Document type: Sale
Year: 1354
Scribe: Bernat de Torre
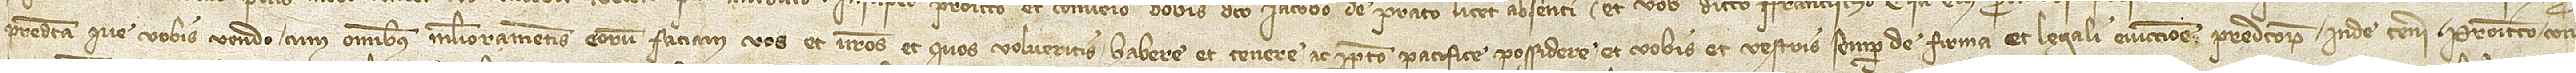
predicta que vobis vendo cum omnibus melioramentis eorum faciam vos et vestros et quos volueritis habere et tenere ac perpetuo pacifice possidere, et vobis et vestris semper de firma et legali eviccione predictorum inde teneri promitto con-